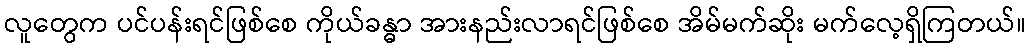
လူတွေက ပင်ပန်းရင်ဖြစ်စေ ကိုယ်ခန္ဓာ အားနည်းလာရင်ဖြစ်စေ အိမ်မက်ဆိုး မက်လေ့ရှိကြတယ်။